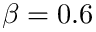
\beta = 0 . 6